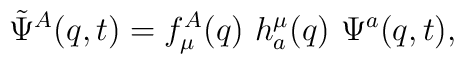
\tilde{\Psi}^A(q,t ) = f^A_\mu(q) ~ h^\mu_a(q) ~\Psi^a(q, t) ,